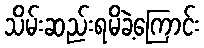
သိမ်းဆည်းရမိခဲ့ကြောင်း